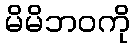
မိမိဘဝကို